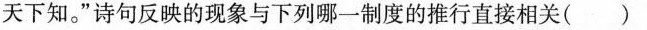
天下知。”诗句反映的现象与下列哪一制度的推行直接相关( )